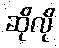
ဆိုလို